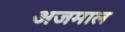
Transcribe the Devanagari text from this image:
अजमाल